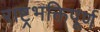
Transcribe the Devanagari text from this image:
राष्ट्रभक्तिपूर्ण